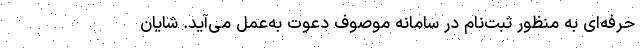
حرفه‌ای به منظور ثبت‌نام در سامانه موصوف دعوت به‌عمل می‌آید. شایان